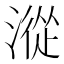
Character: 漎